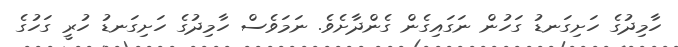
ހާމިދުގެ ހަށިގަނޑު ގަހުން ނަގައިގެން ގެންދާށެވެ. ނަމަވެސް ހާމިދުގެ ހަށިގަނޑު ހުރީ ގަހުގެ